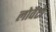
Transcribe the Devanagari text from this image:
लोवैटो